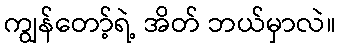
ကျွန်တော့်ရဲ့ အိတ် ဘယ်မှာလဲ။